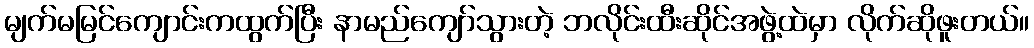
မျက်မမြင်ကျောင်းကထွက်ပြီး နာမည်ကျော်သွားတဲ့ ဘလိုင်းထီးဆိုင်အဖွဲ့ထဲမှာ လိုက်ဆိုဖူးတယ်။